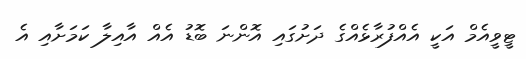
ޓީވީއެމް އަކީ އެއްފުރާޅެއްގެ ދަށުގައި އޮންނަ ބޮޑު އެއް އާއިލާ ކަމަށާއި އެ